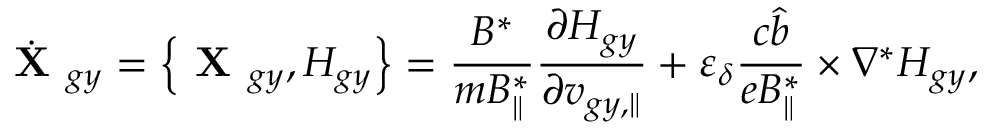
\dot { \textbf { X } } _ { g y } = \left\{ \textbf { X } _ { g y } , H _ { g y } \right\} = \frac { B ^ { * } } { m B _ { \parallel } ^ { * } } \frac { \partial H _ { g y } } { \partial v _ { g y , \parallel } } + \varepsilon _ { \delta } \frac { c \hat { b } } { e B _ { \parallel } ^ { * } } \times \nabla ^ { * } H _ { g y } ,